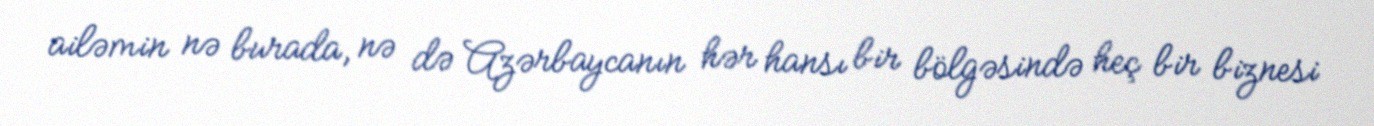
ailəmin nə burada, nə də Azərbaycanın hər hansı bir bölgəsində heç bir biznesi